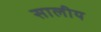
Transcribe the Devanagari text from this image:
सालीय